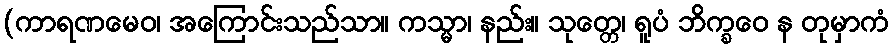
(ကာရဏမေဝ၊ အကြောင်းသည်သာ။ ကသ္မာ၊ နည်း။ သုတ္တေ၊ ရူပံ ဘိက္ခဝေ န တုမှာကံ